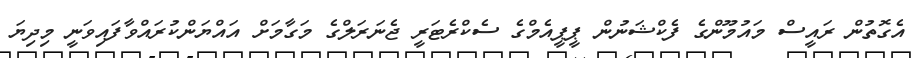
އެގޮތުން ރައީސް މައުމޫންގެ ފެކްޝަނުން ޕީޕީއެމްގެ ސެކްރެޓަރީ ޖެނަރަލްގެ މަގާމަށް އައްޔަންކުރައްވާފައިވަނީ މިދިޔަ